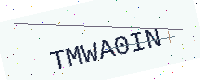
Text: TMWA0IN